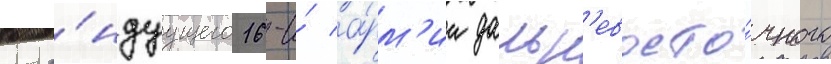
кома́ндуущего 16-и́ а́рм'ии дальн'евосто́чного